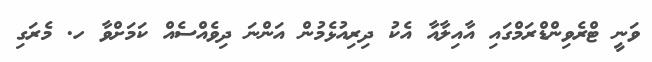
ވަނީ ޓްރެވިންޑްރަމްގައި އާއިލާއާ އެކު ދިރިއުޅެމުން އަންނަ ދިވެއްސެއް ކަމަށްވާ ހ. މެރަގި